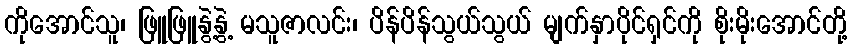
ကိုအောင်သူ၊ ဖြူဖြူနွဲ့နွဲ့ မသူဇာလင်း၊ ပိန်ပိန်သွယ်သွယ် မျက်နှာပိုင်ရှင်ကို စိုးမိုးအောင်တို့